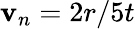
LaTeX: \mathbf{v}_{n}=2r/5t